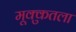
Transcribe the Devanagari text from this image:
मूक्कुतला